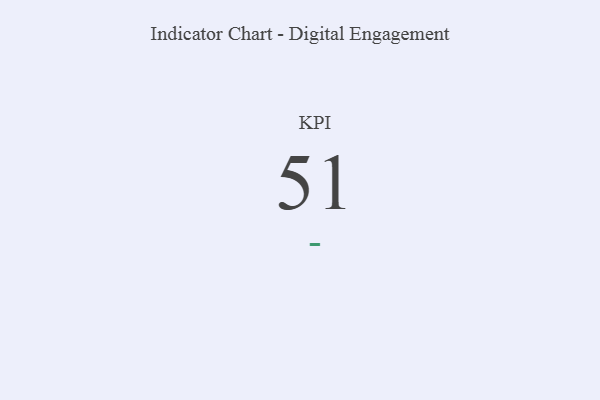
{"axis": {"x": "KPI", "y": "Value"}, "legend": [""], "data": [{"x": "KPI", "y": 51, "type": ""}]}